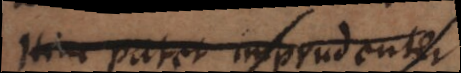
Hinc patet imprudenter